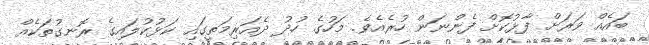
ބައެއް ވަރަށް ފާޅުކޮށް ފެންނަން ހުރެއެވެ. މަހުގެ ހުދު ދެއަރިމަތީގައި ކަޅުކުލައިގެ ރޮނގުތަކެއް